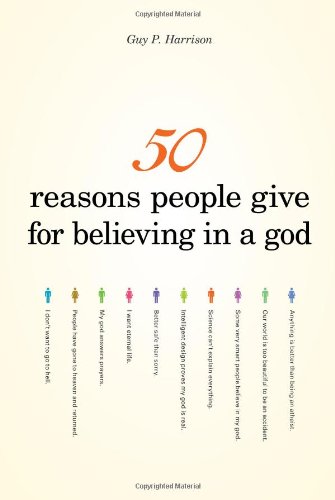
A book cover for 50 Reasons People Give for Believing in a God; Guy P. Harrison; Religion & Spirituality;